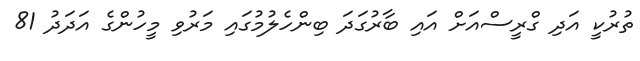
ތުރުކީ އަދި ގްރީސްއަށް އައި ބާރުގަދަ ބިންހެލުމުގައި މަރުވި މީހުންގެ އަދަދު 81